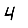
Digit: 4